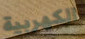
الكهربية